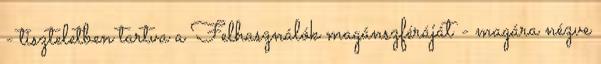
- tiszteletben tartva a Felhasználók magánszféráját - magára nézve